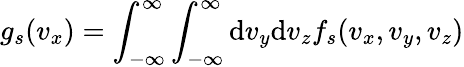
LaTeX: g_{s}(v_{x})=\int_{-\infty}^{\infty}\int_{-\infty}^{\infty}\mathrm{d}v_{y}\mathrm{d}v_{z}f_{s}(v_{x},v_{y},v_{z})